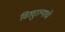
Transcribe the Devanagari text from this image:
विखुरल्याचे